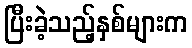
ပြီးခဲ့သည့်နှစ်များက